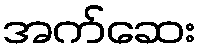
အက်ဆေး